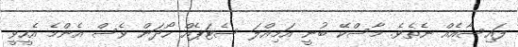
ފައިސާއެއް ނެތެވެ. މާސްކޭ ބުނީ އަމިއްލަ ސެޓަޕެއް ހޯދަން ވެސް އެންމެ އެހީވީ